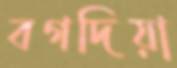
বগদিয়া